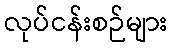
လုပ်ငန်းစဉ်များ